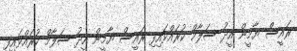
ރައީސް ޔާމީން އީދު ސަލާމް ކުރައްވައިފި ރައީސް ޔާމީން އީދު ސަލާމް ކުރައްވައިފި